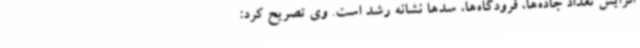
افزایش تعداد جاده‌ها، فرودگاه‌ها، سدها نشانه رشد است. وی تصریح کرد: